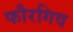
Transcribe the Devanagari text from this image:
फौरगिव